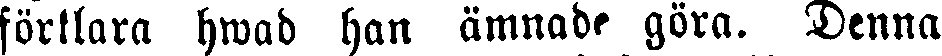
förklara hwad han ämnade, göra. Denna